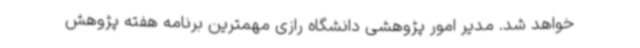
خواهد شد. مدیر امور پژوهشی دانشگاه رازی مهمترین برنامه هفته پژوهش